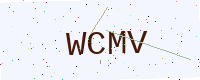
Text: WCMV